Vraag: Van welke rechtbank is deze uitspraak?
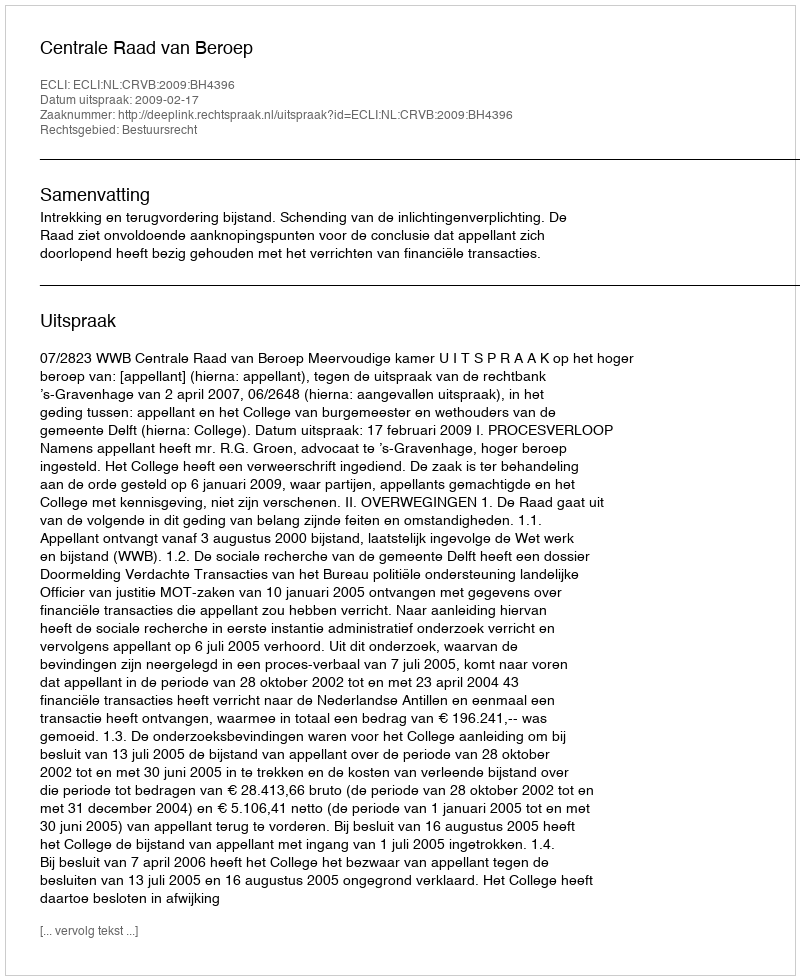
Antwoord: Centrale Raad van Beroep